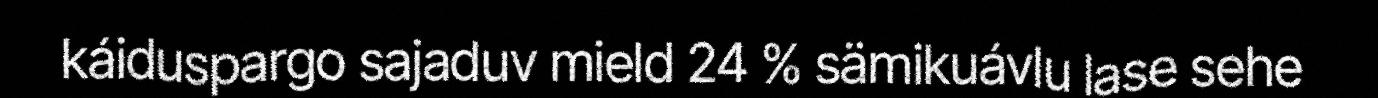
káiduspargo sajaduv mield 24 % sämikuávlu lase sehe